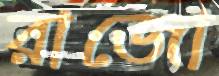
রাজো